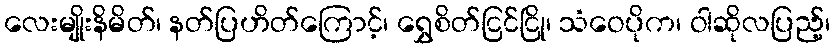
လေးမျိုးနိမိတ်၊ နတ်ပြဟိတ်ကြောင့်၊ ရွှေစိတ်ငြင်ငြို၊ သံဝေပိုက၊ ဝါဆိုလပြည့်၊